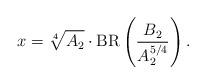
LaTeX: \begin{align*}x=\sqrt[4]{A_2}\cdot\textrm{BR}\left(\frac{B_2}{A_2^{5/4}}\right).\end{align*}